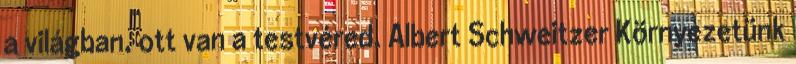
a világban, ott van a testvéred. Albert Schweitzer Környezetünk